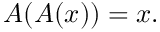
A ( A ( x ) ) = x .